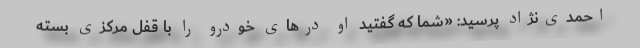
احمدی‌نژاد پرسید: «شما که گفتید او درهای خودرو را با قفل مرکزی بسته